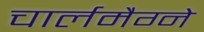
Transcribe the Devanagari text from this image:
चार्लमैग्ने